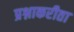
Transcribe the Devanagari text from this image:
प्रश्नाकरीता